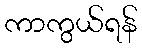
ကာကွယ်ရန်